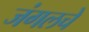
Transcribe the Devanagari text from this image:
जंगलचे